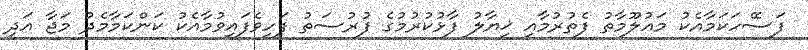
ފަސޭހަކަމާއެކު މައުލޫމާތު ފެތުރުމާއި ޚިޔާލު ފާޅުކުރުމުގެ ފުރުސަތު ފަހިވެފައިވުމާއެކު ކަންކަމާމެދު މަޖާ އަދި